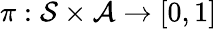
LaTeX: \pi:\mathcal{S\times A}\to[0,1]